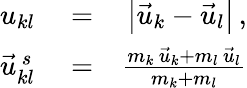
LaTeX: \begin{array}{rlr}{u_{kl}}&{{}=}&{\left|\vec{u}_{k}-\vec{u}_{l}\right|\, ,}\\ {\vec{u}_{kl}^{\, s}}&{{}=}&{\frac{m_{k}\, \vec{u}_{k}+m_{l}\, \vec{u}_{l}}{m_{k}+m_{l}}}\end{array}